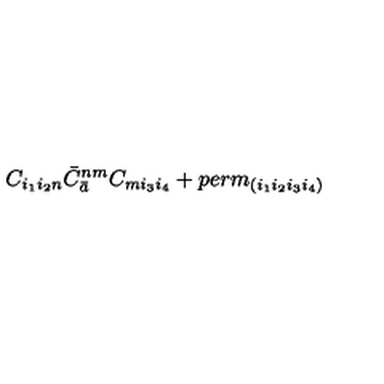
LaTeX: C _ { i _ { 1 } i _ { 2 } n } { \bar { C } } _ { \bar { a } } ^ { n m } C _ { m i _ { 3 } i _ { 4 } } + p e r m _ { ( i _ { 1 } i _ { 2 } i _ { 3 } i _ { 4 } ) }